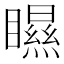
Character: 𥌁